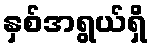
နှစ်အရွယ်ရှိ